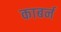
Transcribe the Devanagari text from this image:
काबर्न